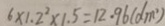
6 \times 1 . 2 ^ { 2 } \times 1 . 5 = 1 2 . 9 6 ( d m ^ { 2 } )